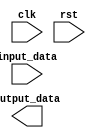
module top_module (

    input clk,
    input rst,
    input [7:0] input_data,
    output reg [7:0] output_data

);

    reg [2:0] state;

    // Define states
    parameter state_idle = 3'b000;
    parameter state_A = 3'b001;
    parameter state_B = 3'b010;
    
    always @(posedge clk or posedge rst) begin
        if (rst) begin
            state <= state_idle;
        end else begin
            case (state)
                state_idle: begin
                    // State logic
                    if (input_data == 8'b10101010) begin
                        state <= state_A;
                    end
                end
                state_A: begin
                    // State logic
                    if (input_data == 8'b01010101) begin
                        state <= state_B;
                    end
                end
                state_B: begin
                    // State logic
                    state <= state_idle;
                end
                default: begin
                    state <= state_idle;
                end
            endcase
        end
    end

    // Instantiate sub-modules for each state
    always @* begin
        case (state)
            state_idle: begin
                // Instantiate idle state sub-module
            end
            state_A: begin
                // Instantiate state A sub-module
            end
            state_B: begin
                // Instantiate state B sub-module
            end
            default: begin
                // Default case
            end
        endcase
    end

endmodule